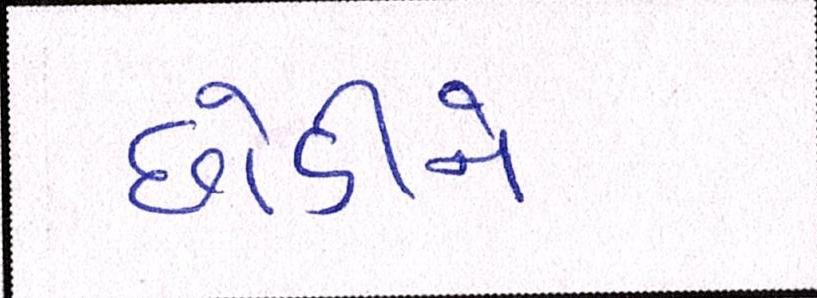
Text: છોડીને